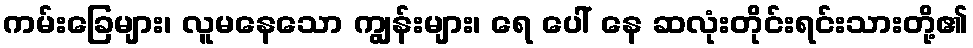
ကမ်းခြေများ၊ လူမနေသော ကျွန်းများ၊ ရေ ပေါ် နေ ဆလုံးတိုင်းရင်းသားတို့၏